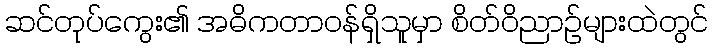
ဆင်တုပ်ကွေး၏ အဓိကတာဝန်ရှိသူမှာ စိတ်ဝိညာဉ်များထဲတွင်